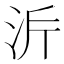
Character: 𭰂